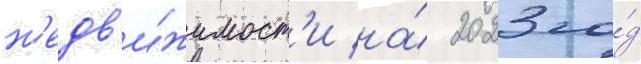
н'едв'и́жимост'и на́ 2023 го́д